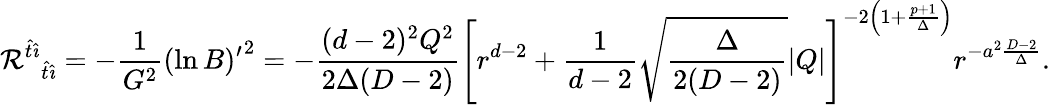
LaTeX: {{\cal R}^{\hat{t}\hat{\imath}}}_{\hat{t}\hat{\imath}}=-{\frac{1}{G^{2}}}{(\ln B)^{\prime}}^{2}=-{\frac{(d-2)^{2}Q^{2}}{2\Delta(D-2)}}\left[r^{d-2}+{\frac{1}{d-2}}\sqrt{\frac{\Delta}{2(D-2)}}|Q|\right]^{-2\left(1+{\frac{p+1}{\Delta}}\right)}r^{-a^{2}{\frac{D-2}{\Delta}}}.